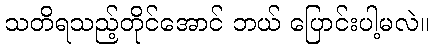
သတိရသည့်တိုင်အောင် ဘယ် ပြောင်းပါ့မလဲ။